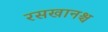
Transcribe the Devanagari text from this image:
रसखानश्च